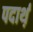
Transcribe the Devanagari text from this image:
पदार्थ़